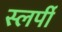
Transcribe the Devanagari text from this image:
स्लर्पी